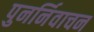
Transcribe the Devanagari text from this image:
पुनर्निवाचन